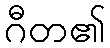
ဂီတ၏